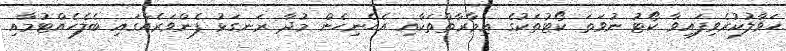
ޙަވާލުކުރެވިފައިވާ ކޯޓު ނުވަތަ ކޯޓުތަކުގެ ޢިމާރާތްތަކާއި އެހެނިހެން މުދާ ރަނގަޅު ފެންވަރެއްގައި ބެލެހެއްޓުމާއި